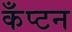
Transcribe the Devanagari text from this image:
कँप्टन